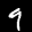
Label: 9